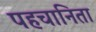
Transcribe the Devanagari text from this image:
पहचानिता